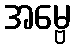
အမ္ဗေ